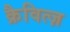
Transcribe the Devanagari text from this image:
क्रैवित्ज़